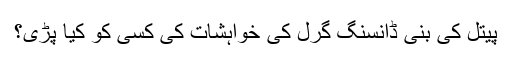
پیتل کی بنی ڈانسنگ گرل کی خواہشات کی کسی کو کیا پڑی؟